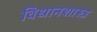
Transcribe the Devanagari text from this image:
विधानशास्त्र